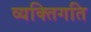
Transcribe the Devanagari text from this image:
व्यक्तिगति